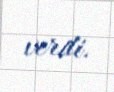
verdi.